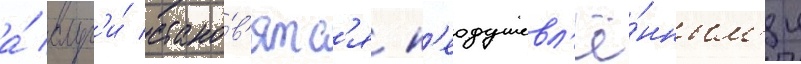
а́ слуг'и́ стано́в'ятс'я н'еодушевл'ё́нным'и